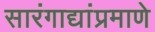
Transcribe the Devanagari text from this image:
सारंगाद्यांप्रमाणे